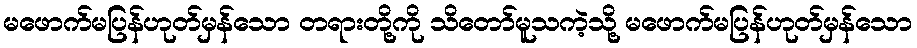
မဖောက်မပြန်ဟုတ်မှန်သော တရားတို့ကို သိတော်မူသကဲ့သို့ မဖောက်မပြန်ဟုတ်မှန်သော